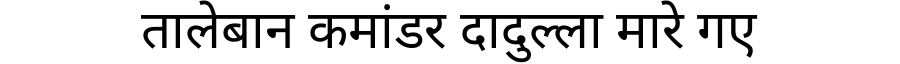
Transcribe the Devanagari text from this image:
तालेबान कमांडर दादुल्ला मारे गए